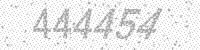
Solution: 444454